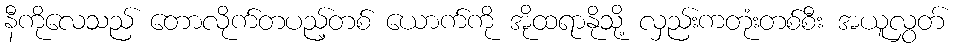
နီကိုလေသည် တောလိုက်တပည့်တစ် ယောက်ကို အိုထရာနိုသို့ လှည်းကတုံးတစ်စီး အယူလွှတ်